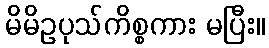
မိမိဥပုသ်ကိစ္စကား မပြီး။